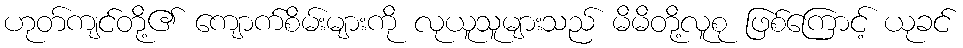
ဟုတ်ကျင်တို့၏ ကျောက်စိမ်းများကို လုယူသူများသည် မိမိတို့လူစု ဖြစ်ကြောင့် ယုခင်